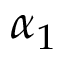
\alpha _ { 1 }